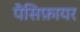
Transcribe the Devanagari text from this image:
पैसिफ़ायर